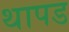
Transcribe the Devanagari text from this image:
थापड